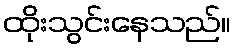
ထိုးသွင်းနေသည်။